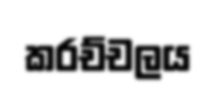
කරච්චලය